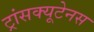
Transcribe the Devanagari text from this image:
ट्रांसक्यूटेनस